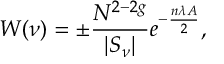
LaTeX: W ( \nu ) = \pm \frac { N ^ { 2 - 2 g } } { | S _ { \nu } | } e ^ { - \frac { n \lambda A } { 2 } } ,